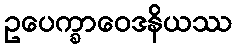
ဥပေက္ခာဝေဒနိယဿ